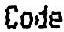
CODE